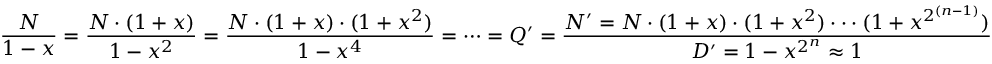
{ \frac { N } { 1 - x } } = { \frac { N \cdot ( 1 + x ) } { 1 - x ^ { 2 } } } = { \frac { N \cdot ( 1 + x ) \cdot ( 1 + x ^ { 2 } ) } { 1 - x ^ { 4 } } } = \cdots = Q ^ { \prime } = { \frac { N ^ { \prime } = N \cdot ( 1 + x ) \cdot ( 1 + x ^ { 2 } ) \cdot \cdot \cdot ( 1 + x ^ { 2 ^ { ( n - 1 ) } } ) } { D ^ { \prime } = 1 - x ^ { 2 ^ { n } } \approx 1 } }